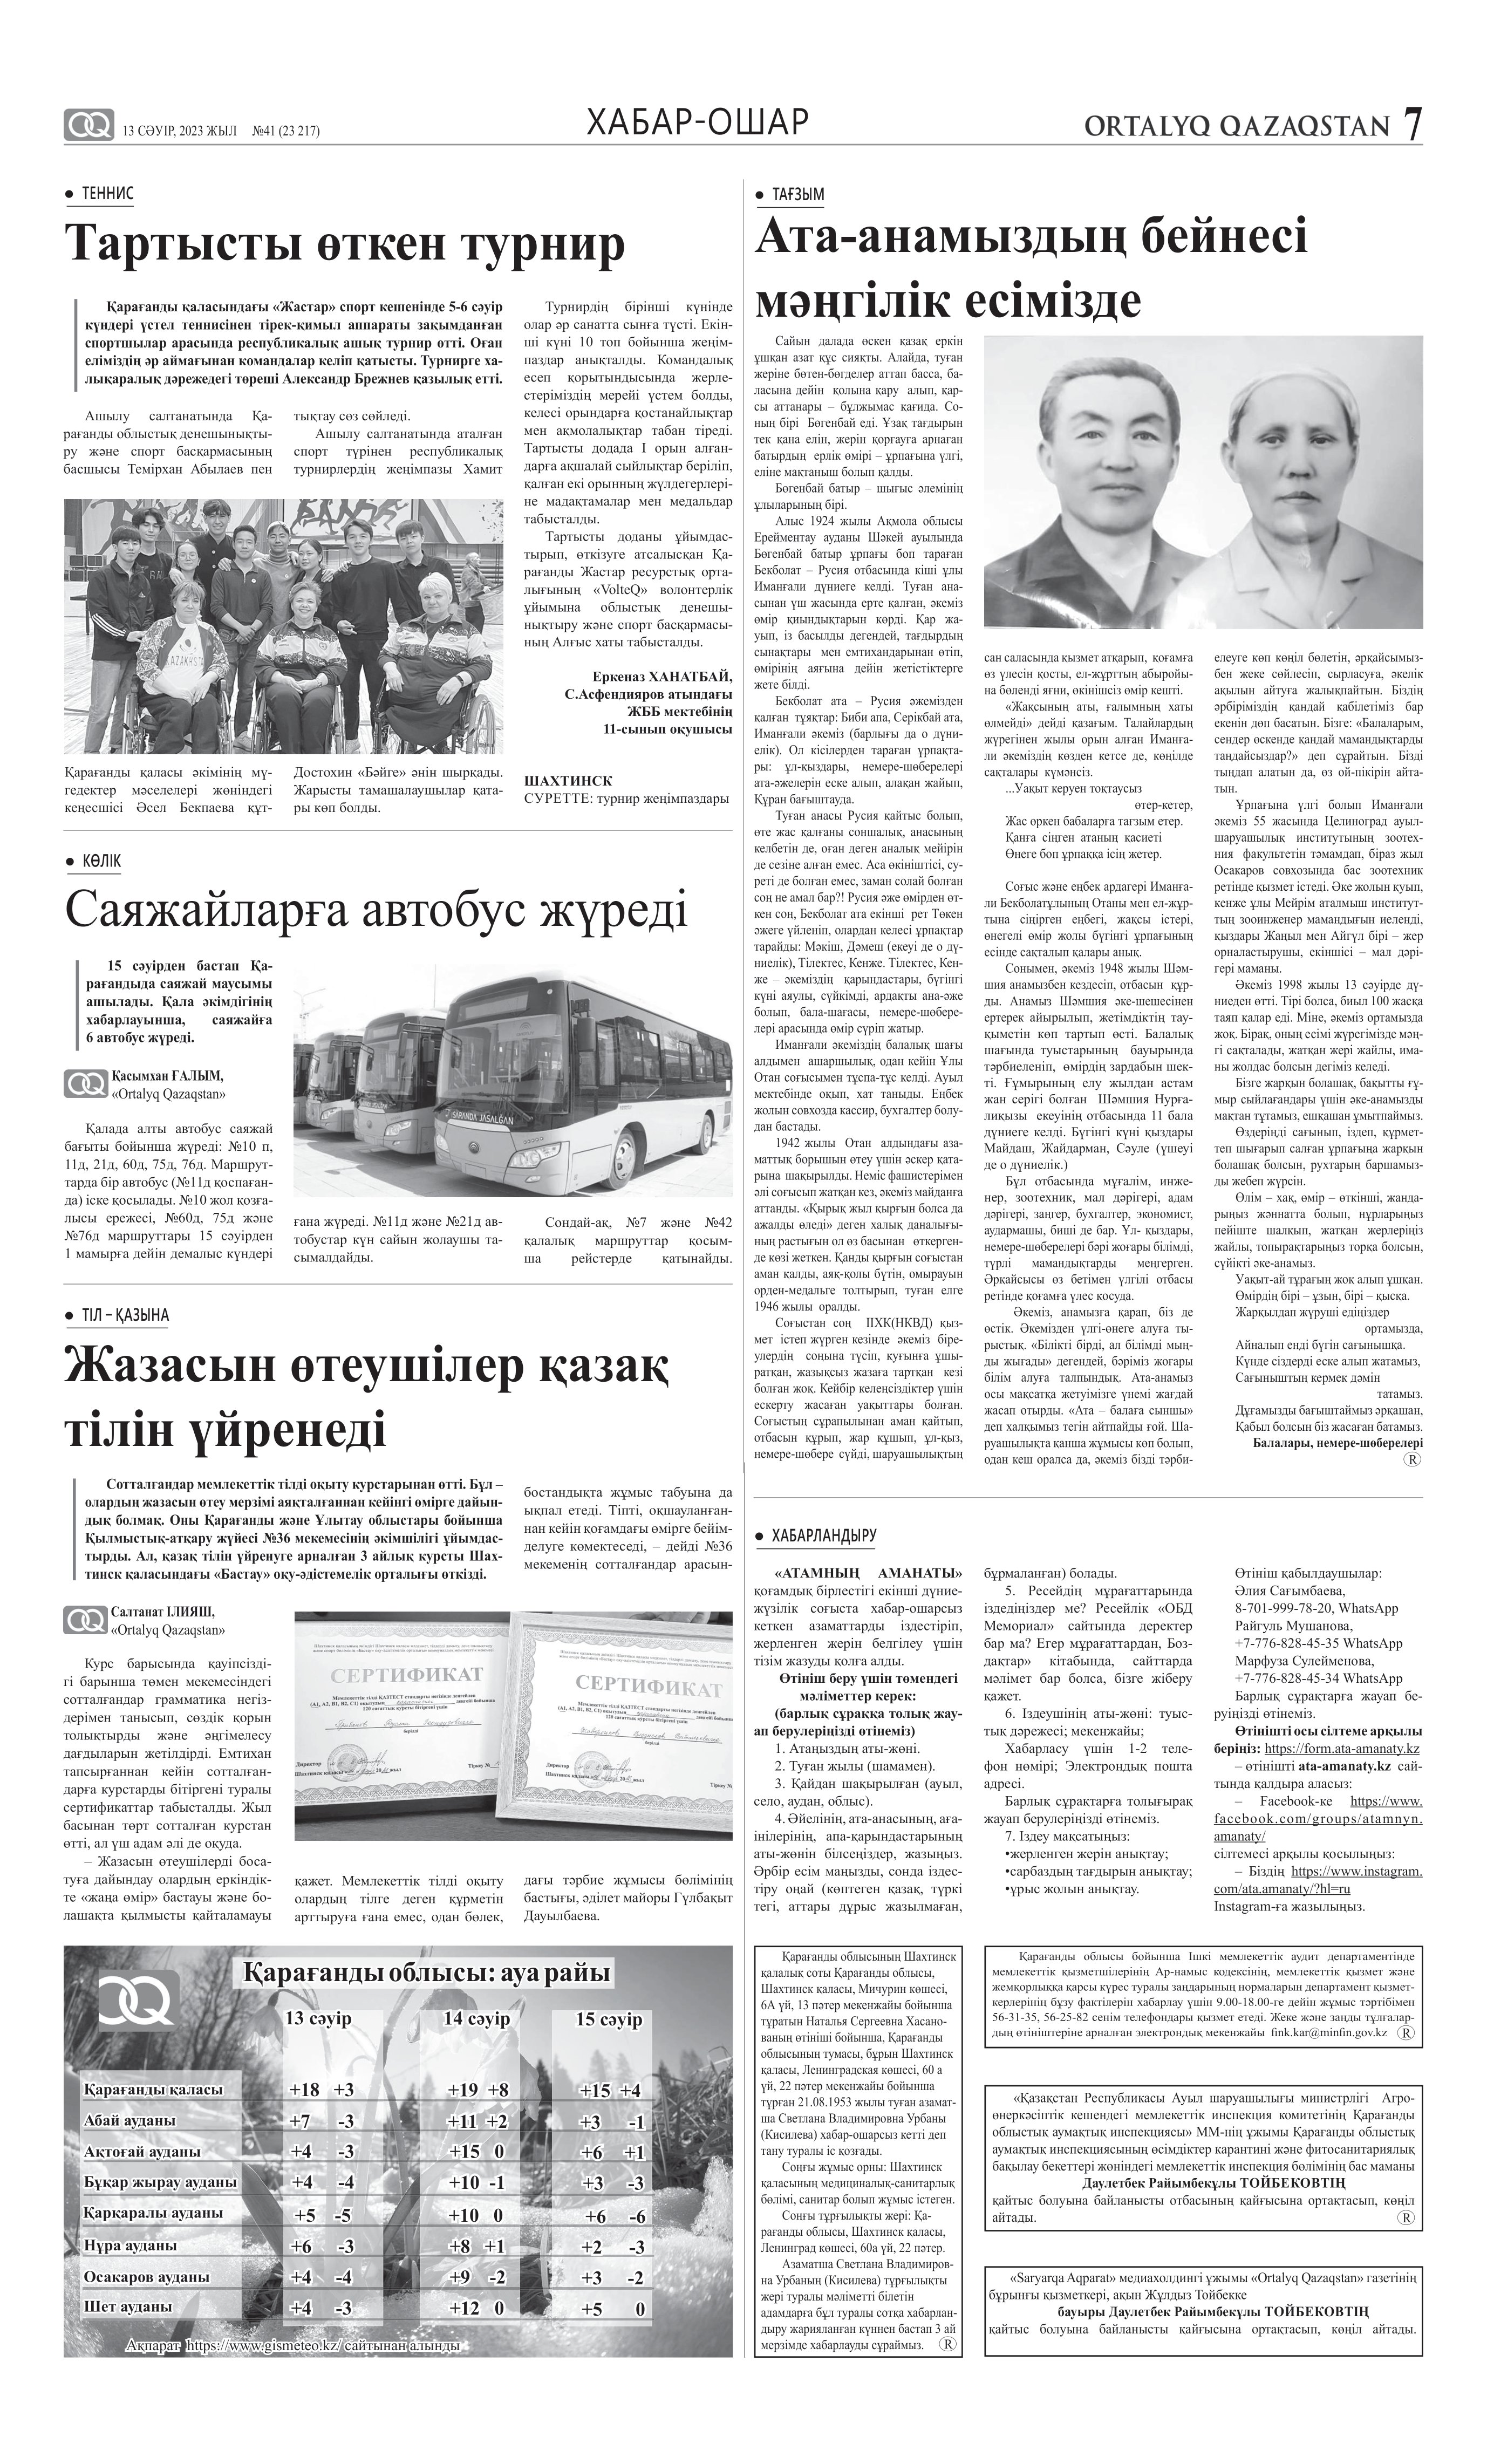
Language: kk